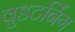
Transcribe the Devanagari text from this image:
वुडटर्निंग